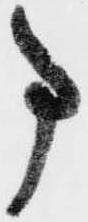
事